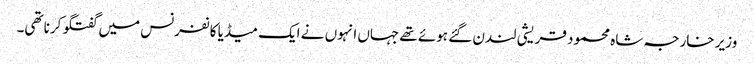
وزیر خارجہ شاہ محمود قریشی لندن گئے ہوئے تھے جہاں انہوں نے ایک میڈیا کانفرنس میں گفتگو کرنا تھی۔